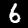
Label: 6